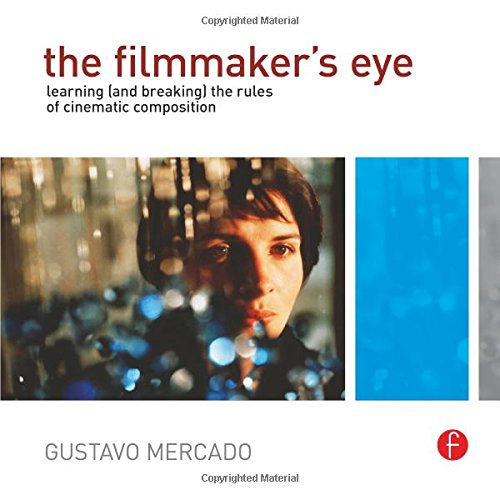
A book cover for The Filmmaker's Eye: Learning (and Breaking) the Rules of Cinematic Composition; Gustavo Mercado; Arts & Photography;